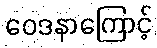
ဝေဒနာကြောင့်